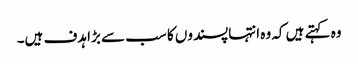
وہ کہتے ہیں کہ وہ انتہاپسندوں کا سب سے بڑا ہدف ہیں۔